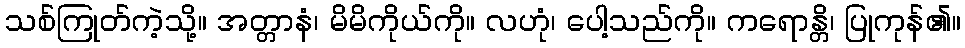
သစ်ကြုတ်ကဲ့သို့။ အတ္တာနံ၊ မိမိကိုယ်ကို။ လဟုံ၊ ပေါ့သည်ကို။ ကရောန္တိ၊ ပြုကုန်၏။